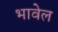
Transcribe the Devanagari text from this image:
भावेल